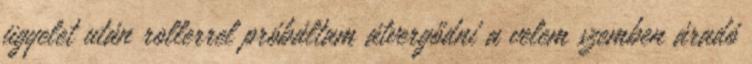
ügyelet után rollerrel próbáltam átvergődni a velem szemben áradó